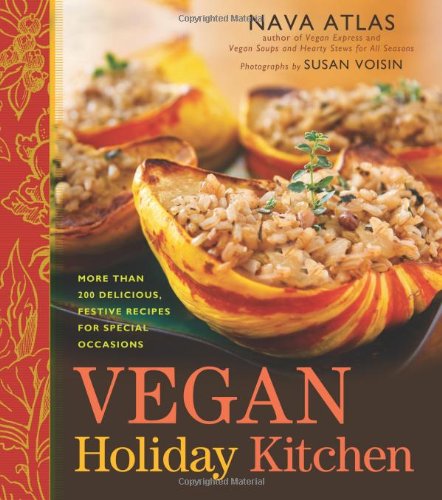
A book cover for Vegan Holiday Kitchen: More than 200 Delicious, Festive Recipes for Special Occasions; Nava Atlas; Cookbooks, Food & Wine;